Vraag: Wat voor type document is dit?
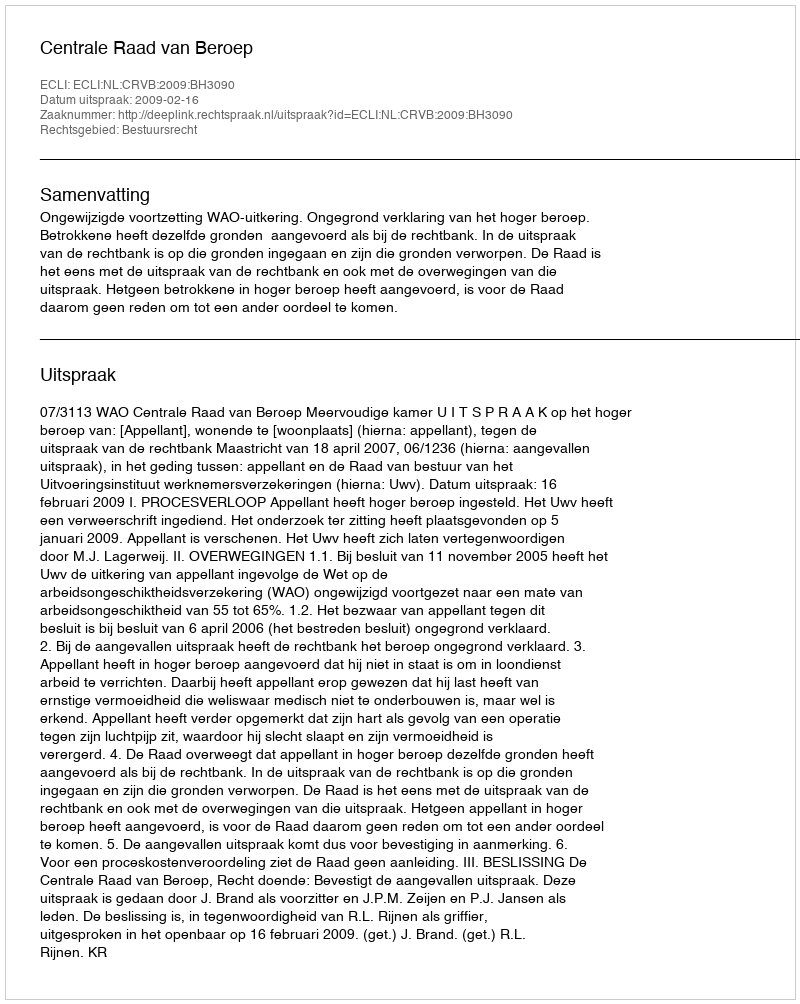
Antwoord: Uitspraak